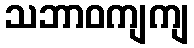
သဘာဝကျကျ